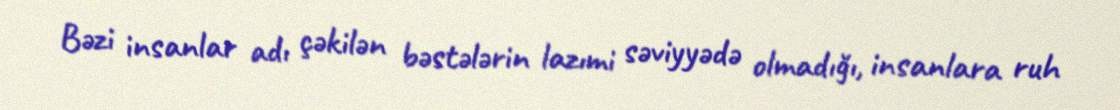
Bəzi insanlar adı çəkilən bəstələrin lazımi səviyyədə olmadığı, insanlara ruh